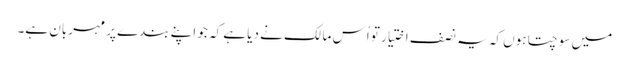
میں سوچتا ہوں کہ یہ نصف اختیار تو اُس مالک نے دیا ہے کہ جو اپنے بندے پر مہربان ہے۔